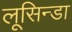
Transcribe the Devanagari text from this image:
लूसिन्डा